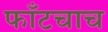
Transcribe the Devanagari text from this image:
फाँटचाच